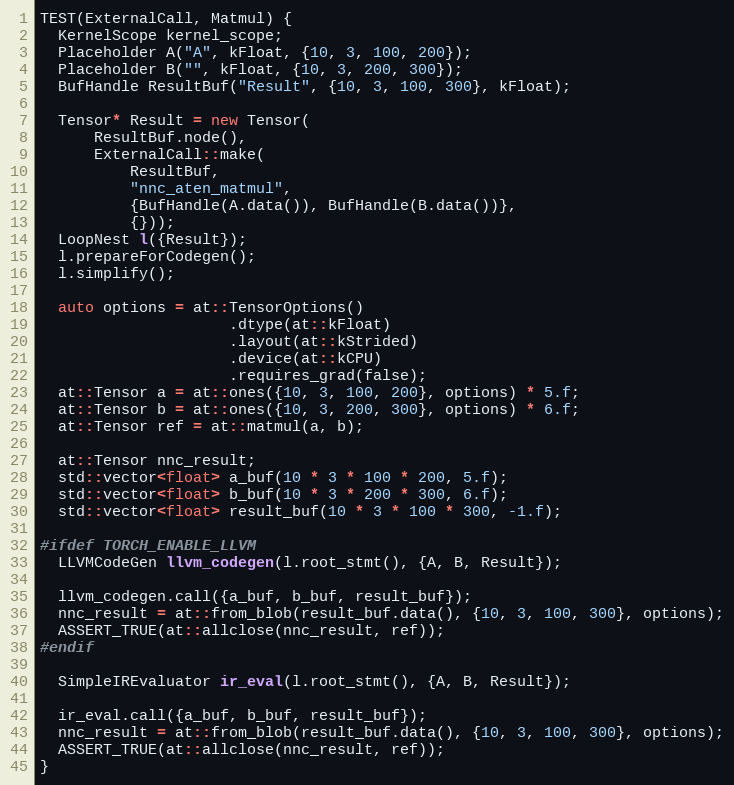
Language: C++
TEST(ExternalCall, Matmul) {
  KernelScope kernel_scope;
  Placeholder A("A", kFloat, {10, 3, 100, 200});
  Placeholder B("", kFloat, {10, 3, 200, 300});
  BufHandle ResultBuf("Result", {10, 3, 100, 300}, kFloat);

  Tensor* Result = new Tensor(
      ResultBuf.node(),
      ExternalCall::make(
          ResultBuf,
          "nnc_aten_matmul",
          {BufHandle(A.data()), BufHandle(B.data())},
          {}));
  LoopNest l({Result});
  l.prepareForCodegen();
  l.simplify();

  auto options = at::TensorOptions()
                     .dtype(at::kFloat)
                     .layout(at::kStrided)
                     .device(at::kCPU)
                     .requires_grad(false);
  at::Tensor a = at::ones({10, 3, 100, 200}, options) * 5.f;
  at::Tensor b = at::ones({10, 3, 200, 300}, options) * 6.f;
  at::Tensor ref = at::matmul(a, b);

  at::Tensor nnc_result;
  std::vector<float> a_buf(10 * 3 * 100 * 200, 5.f);
  std::vector<float> b_buf(10 * 3 * 200 * 300, 6.f);
  std::vector<float> result_buf(10 * 3 * 100 * 300, -1.f);

#ifdef TORCH_ENABLE_LLVM
  LLVMCodeGen llvm_codegen(l.root_stmt(), {A, B, Result});

  llvm_codegen.call({a_buf, b_buf, result_buf});
  nnc_result = at::from_blob(result_buf.data(), {10, 3, 100, 300}, options);
  ASSERT_TRUE(at::allclose(nnc_result, ref));
#endif

  SimpleIREvaluator ir_eval(l.root_stmt(), {A, B, Result});

  ir_eval.call({a_buf, b_buf, result_buf});
  nnc_result = at::from_blob(result_buf.data(), {10, 3, 100, 300}, options);
  ASSERT_TRUE(at::allclose(nnc_result, ref));
}